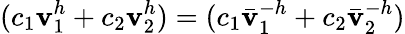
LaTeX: (c_{1}\mathbf{v}_{1}^{h}+c_{2}\mathbf{v}_{2}^{h})=(c_{1}\bar{{\mathbf{v}}}_{1}^{-h}+c_{2}\bar{{\mathbf{v}}}_{2}^{-h})